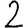
Digit: 2